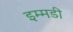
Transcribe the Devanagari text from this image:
इम्मडी